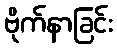
ဗိုက်နာခြင်း